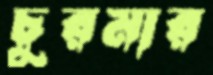
চুরমার